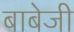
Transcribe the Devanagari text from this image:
बाबेजी